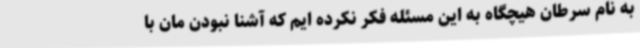
به نام سرطان هیچگاه به این مسئله فکر نکرده ایم که آشنا نبودن مان با